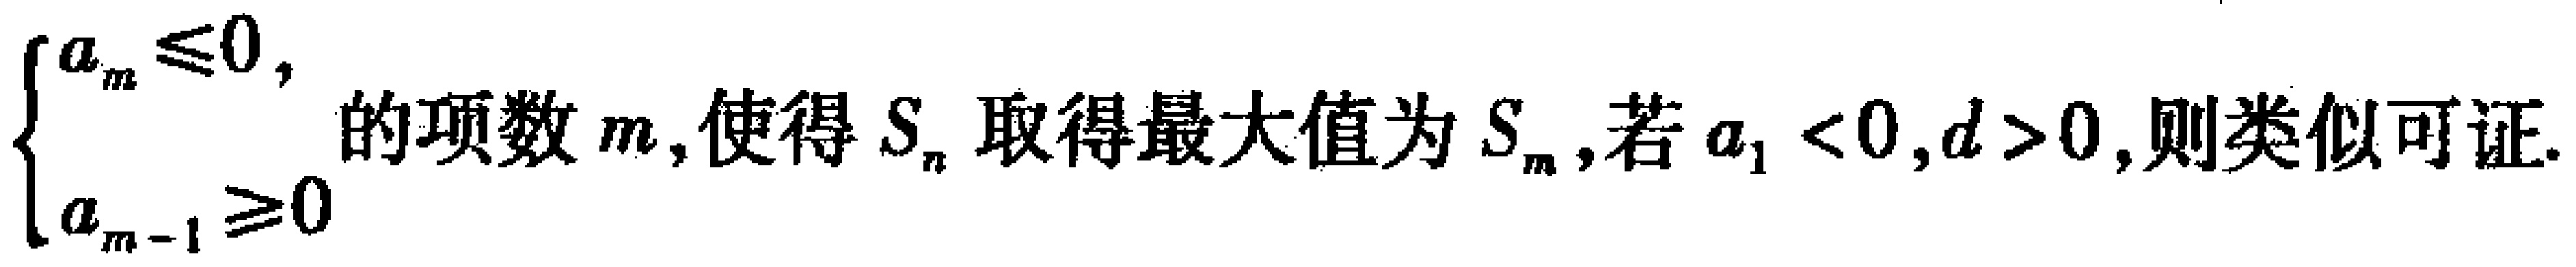
$\begin{cases}
a_{m}\leq0,\\
a_{m - 1}\geq0
\end{cases}$的项数$m$,使得$S_{n}$取得最大值为$S_{m}$,若$a_{1}<0,d>0$,则类似可证.